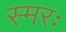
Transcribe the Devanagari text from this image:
स्मरः